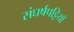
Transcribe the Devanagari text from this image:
संघर्षपट्टियाँ